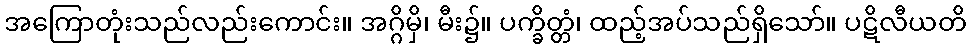
အကြောတုံးသည်လည်းကောင်း။ အဂ္ဂိမှိ၊ မီး၌။ ပက္ခိတ္တံ၊ ထည့်အပ်သည်ရှိသော်။ ပဋိလီယတိ